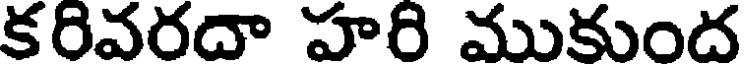
కరివరదా హరి ముకుంద